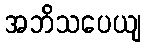
အဘိသပေယျ